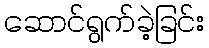
ဆောင်ရွက်ခဲ့ခြင်း